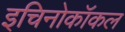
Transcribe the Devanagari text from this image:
इचिनोकॉकल